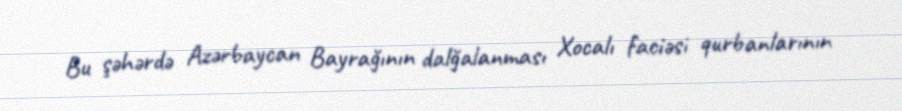
Bu şəhərdə Azərbaycan Bayrağının dalğalanması Xocalı faciəsi qurbanlarının